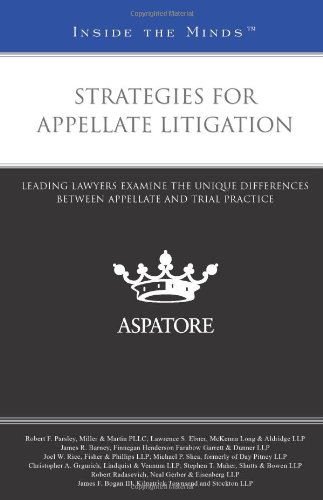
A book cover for Strategies for Appellate Litigation: Leading Lawyers on the Unique Differences between Appellate and Trial Practice (Inside the Minds); Multiple Authors; Law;